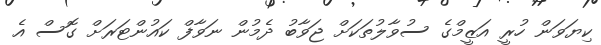
ކިޔަވަން ހުރީ އަޒީމްގެ ސުވާލުތަކަށް ޖަވާބު ދެމުން ނަވާފް ކައުންޓަރަށް ގޮސް އެ